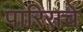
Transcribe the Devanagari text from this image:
पारिसचे